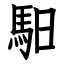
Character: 馹